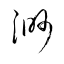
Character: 渺